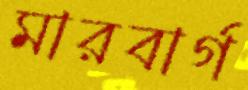
মারবার্গ